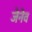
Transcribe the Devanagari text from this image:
जेनेव